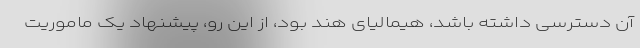
آن دسترسی داشته باشد، هیمالیای هند بود، از این رو، پیشنهاد یک ماموریت